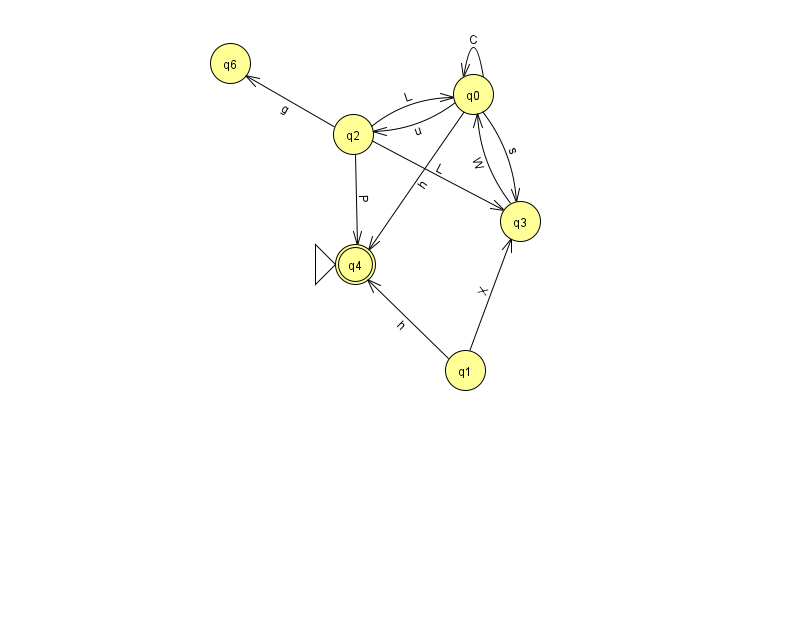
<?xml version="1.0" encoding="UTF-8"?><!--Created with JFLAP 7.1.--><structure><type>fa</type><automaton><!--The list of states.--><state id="0" name="q0"><x>473.0</x><y>81.0</y></state><state id="1" name="q1"><x>465.0</x><y>357.0</y></state><state id="2" name="q2"><x>353.0</x><y>121.0</y></state><state id="3" name="q3"><x>520.0</x><y>208.0</y></state><state id="4" name="q4"><x>355.0</x><y>251.0</y><initial/><final/></state><state id="6" name="q6"><x>230.0</x><y>50.0</y></state><!--The list of transitions.--><transition><from>1</from><to>4</to><read>h</read></transition><transition><from>0</from><to>0</to><read>C</read></transition><transition><from>0</from><to>2</to><read>u</read></transition><transition><from>2</from><to>4</to><read>P</read></transition><transition><from>2</from><to>3</to><read>L</read></transition><transition><from>0</from><to>4</to><read>h</read></transition><transition><from>2</from><to>0</to><read>L</read></transition><transition><from>2</from><to>6</to><read>g</read></transition><transition><from>3</from><to>0</to><read>W</read></transition><transition><from>1</from><to>3</to><read>X</read></transition><transition><from>0</from><to>3</to><read>s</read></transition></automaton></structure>